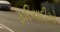
ફરિયાદીઓ